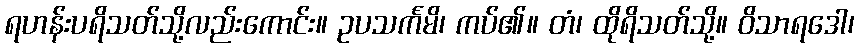
ရဟန်းပရိသတ်သို့လည်းကောင်း။ ဥပသင်္ကမိ၊ ကပ်၏။ တံ၊ ထိုရိသတ်သို့။ ဝိသာရဒေါ၊